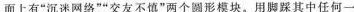
地面上有“沉迷网络”“交友不慎”两个圆形模块。用脚踩其中任何一